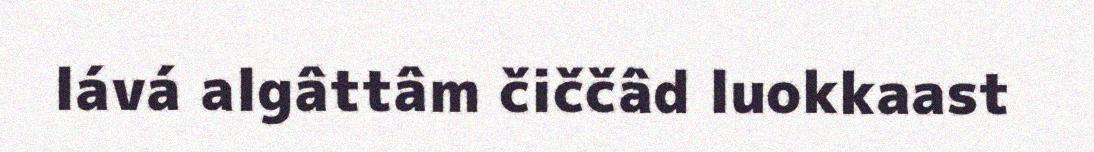
lává algâttâm čiččâd luokkaast